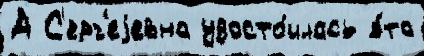
А С'ерг'еjевна удосто́илась э́то